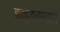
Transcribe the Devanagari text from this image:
ह्वाइडेनस्ताम